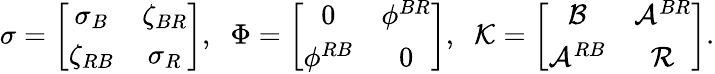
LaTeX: \sigma=\left[\begin{array}{cc}{\sigma_{B}}&{\zeta_{BR}}\\ {\zeta_{RB}}&{\sigma_{R}}\end{array}\right],\; \; \Phi=\left[\begin{array}{ccc}{0}&{\phi^{BR}}\\ {\phi^{RB}}&{0}\end{array}\right],\; \; {\cal K}=\left[\begin{array}{cc}{\mathcal{B}}&{\mathcal{A}^{BR}}\\ {\mathcal{A}^{RB}}&{\mathcal{R}}\end{array}\right].